Lunatic asylums Punjab 1911-1921 - 1911-1921
Year: 1911
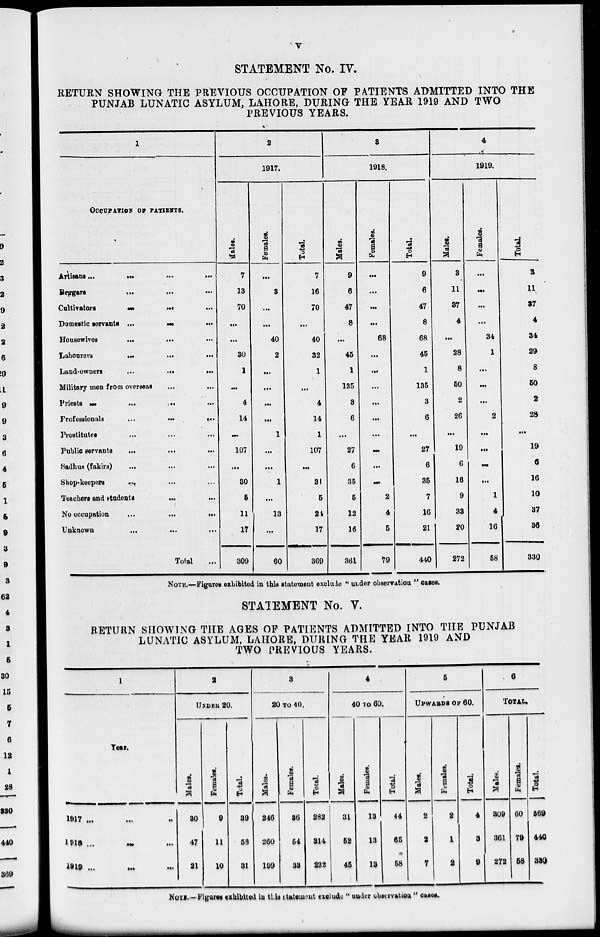
v
STATEMENT No. IV.
RETURN SHOWING THE PREVIOUS OCCUPATION OF PATIENTS ADMITTED INTO THE
PUNJAB LUNATIC ASYLUM, LAHORE, DURING THE YEAR 1919 AND TWO
PREVIOUS YEARS.
1
OCCUPATION OF PATIENTS.
Artisans
...
...
...
Beggars ... ... ...
Cultivators
...
...
...
Domestic servants ...
...
...
Housewives
...
...
...
Labourers
...
...
...
Land-owners
...
...
...
Military men from overseas ... ...
Priests ... ... ...
Professionals ... ... ...
Prostitutes ... ... ...
Public servants
...
...
...
Sadhus (fakirs) ... ... ...
Shop-keepers ... ... ...
Teachers and students
...
...
No occupation ... ... ...
Unknown ... ... ...
Total ...
2
1917.
Males.
7
13
70
...
...
30
1
...
4
14
...
107
...
30
5
11
17
309
Females.
...
3
...
...
40
2
...
...
...
...
1
...
...
1
...
13
...
60
Total.
7
16
70
...
40
32
1
...
4
14
1
107
...
31
5
24
17
369
3
1918.
Males.
9
6
47
8
...
45
1
135
3
6
...
27
6
35
5
12
16
361
Females.
...
...
...
...
68
...
...
...
...
...
...
...
...
...
2
4
5
79
Total.
9
6
47
8
68
45
1
135
3
6
...
27
6
35
7
16
21
440
4
1919.
Males.
3
11
37
4
...
28
8
50
2
26
...
19
6
16
9
33
20
272
Females.
...
...
...
...
34
1
...
...
...
2
...
...
...
...
1
4
16
58
Total.
3
11
37
4
34
29
8
50
2
28
...
19
6
16
10
37
36
330
NOTE.—Figures exhibited in this statement exclude " under observation " cases.
STATEMENT No. V.
RETURN SHOWING THE AGES OF PATIENTS ADMITTED INTO THE PUNJAB
LUNATIC ASYLUM, LAHORE, DURING THE YEAR 1919 AND
TWO PREVIOUS YEARS.
1
Year.
1917 ...
1918 ...
1919 ...
2
UNDER 20.
Males.
30
47
21
Females.
9
11
10
Total.
39
58
31
3
20 TO 40.
Males.
246
260
199
Females.
36
54
33
Total.
282
314
232
4
40 TO 60.
Males.
31
52
45
Females.
13
13
13
Total.
44
65
58
5
UPWARDS OF 60.
Males.
2
2
7
Females.
2
1
2
Total.
4
3
9
6
TOTAL.
Males.
309
361
272
Females.
60
79
58
Total.
369
440
330
NOTE.— Figures exhibited in this statement exclude " under observation " cases.